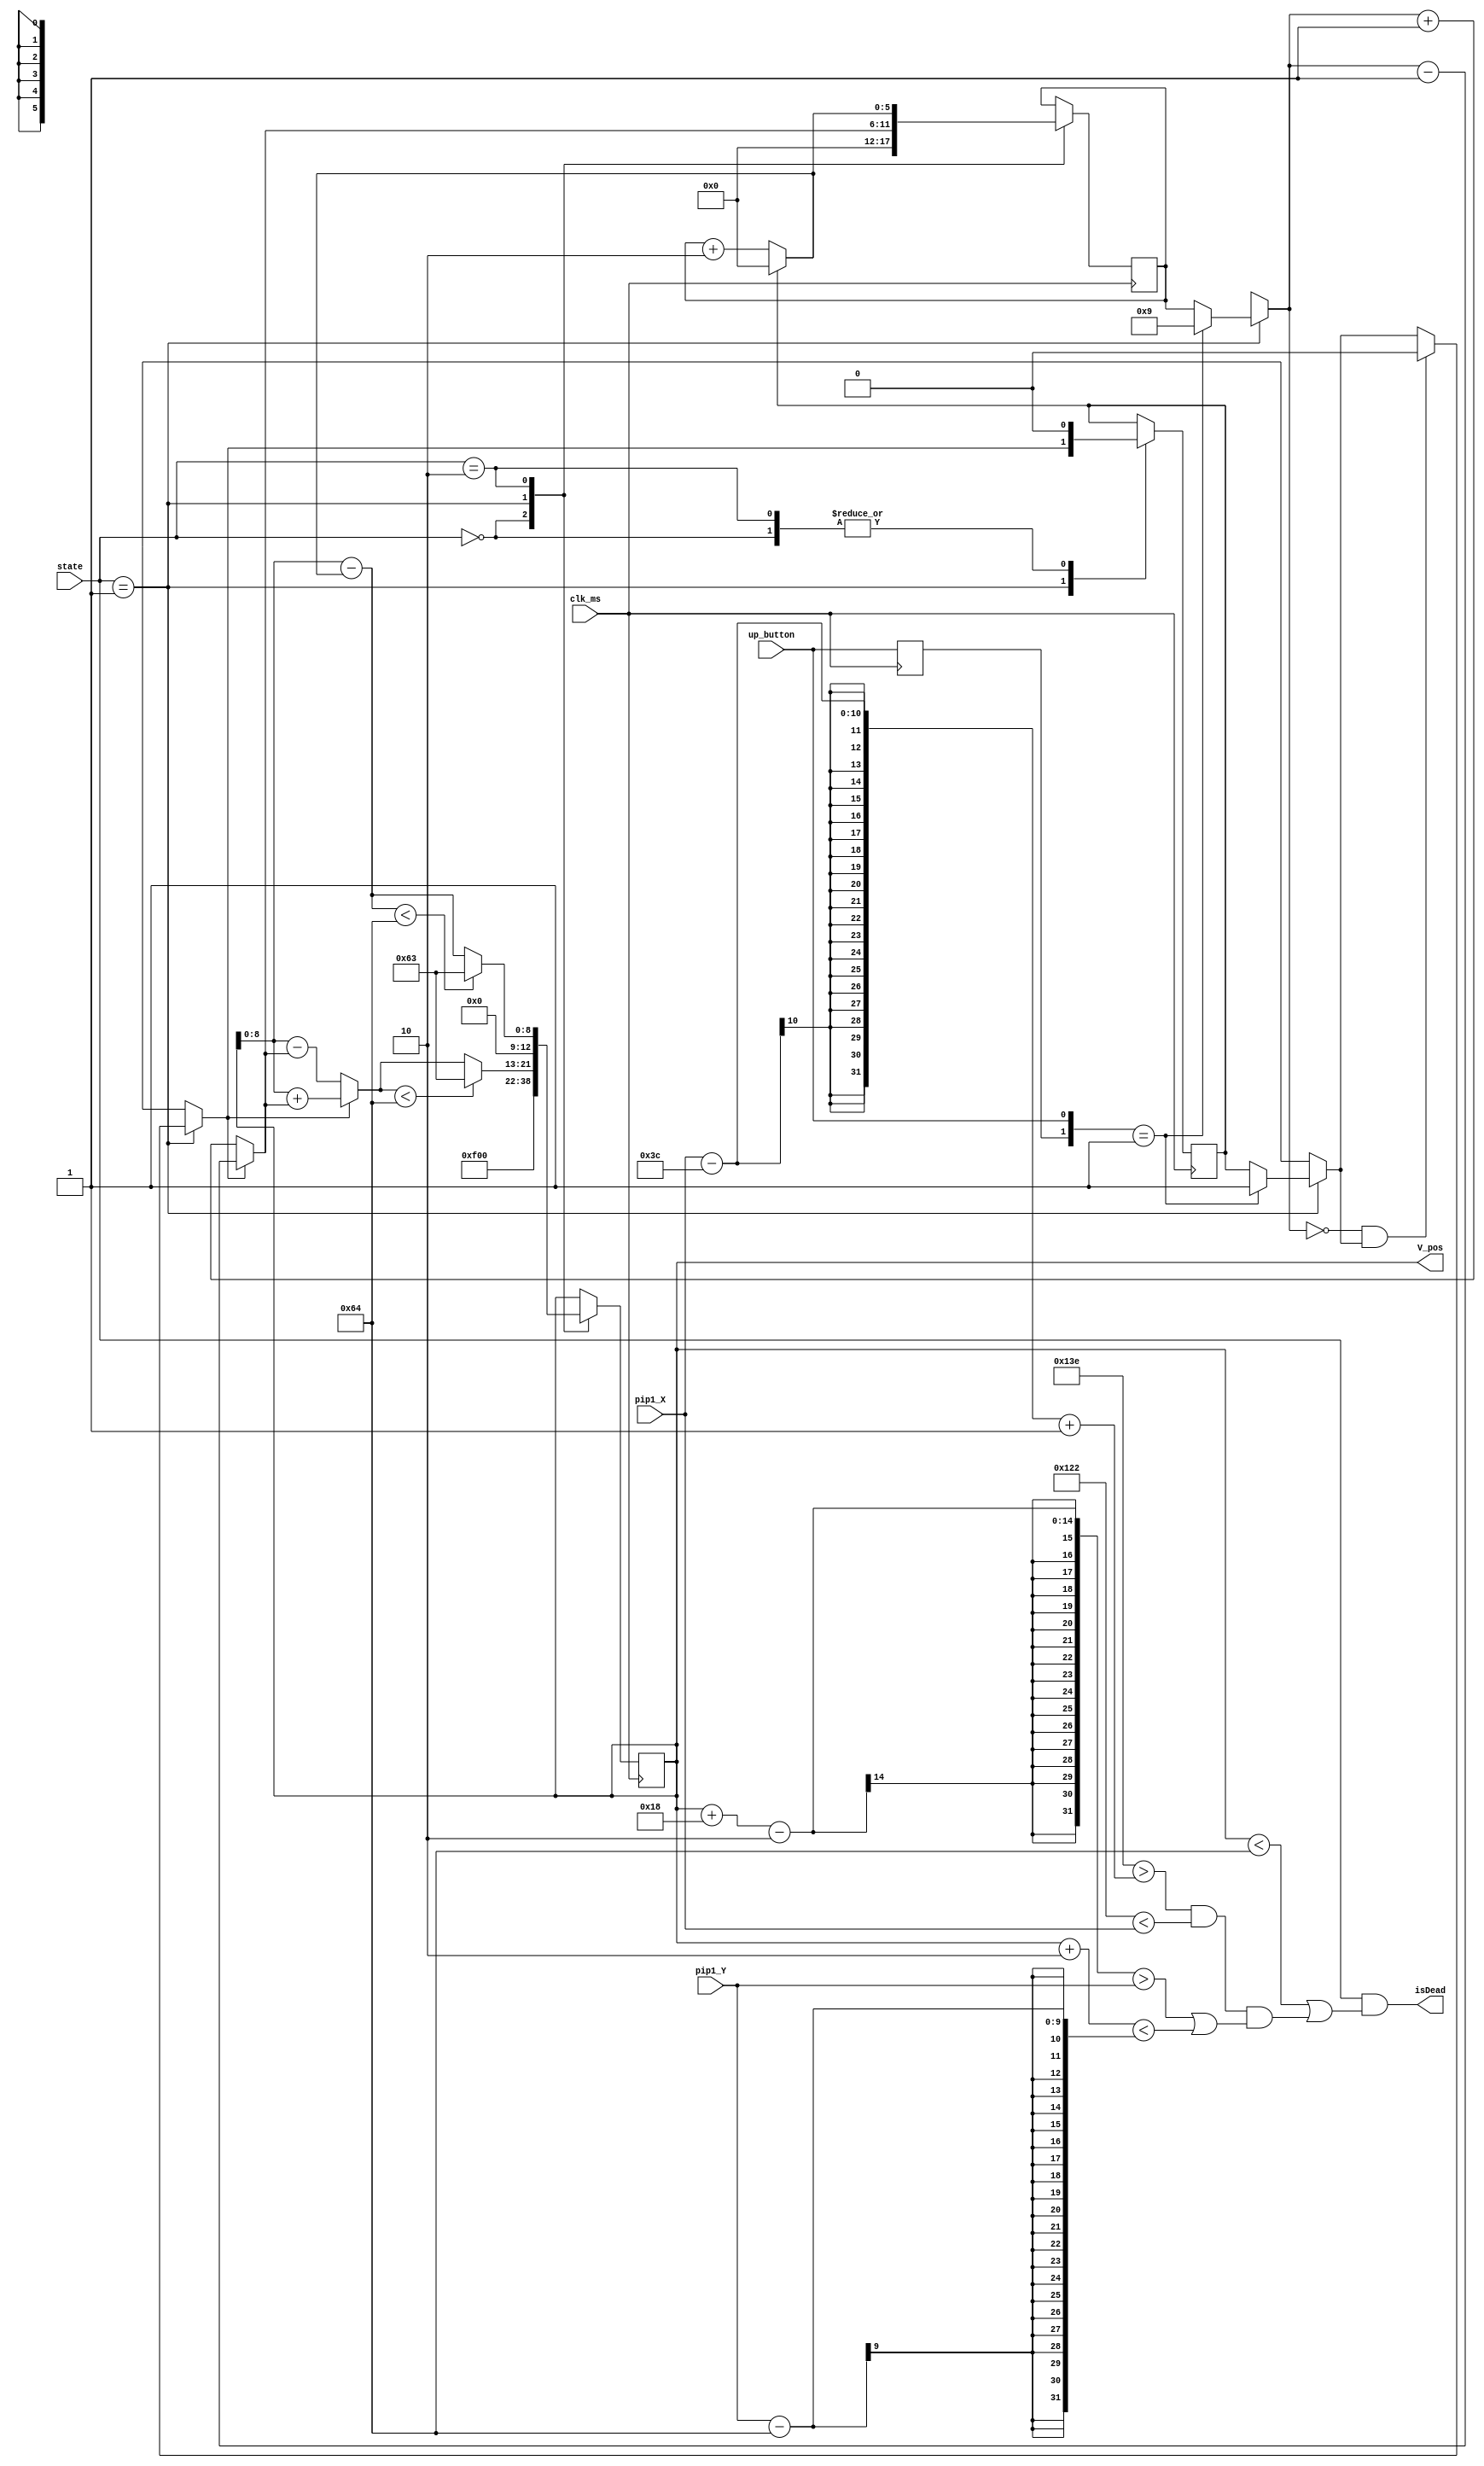
`timescale 1ns / 1ps
//////////////////////////////////////////////////////////////////////////////////
// Company: 
// Engineer: 
// 
// Design Name: 
// Module Name:    Bird_Ctrl 
// Project Name: 
// Target Devices: 
// Tool versions: 
// Description: 
//
// Dependencies: 
//
// Revision: 
// Revision 0.01 - File Created
// Additional Comments: 
//
//////////////////////////////////////////////////////////////////////////////////
module Bird_Ctrl(
    input clk_ms, up_button,
    input [1:0] state,
    input [9:0] pip1_X,
    input [8:0] pip1_Y,
    output isDead,
    output reg [12:0] V_pos
    );

    parameter initialVelocity = 9;  // Velocity after up_button, MIST BE THE MULTIPLE OF `acceleration`
    parameter acceleration    = 1;   // Acceleration of gravity
    parameter H_pos       = 320;
    parameter slot_width  = 60;
    parameter slot_height = 100;
    parameter land_height = 100;
    parameter bird_Xwidth = 34;
    parameter bird_Ywidth = 24;

    reg [12:0] time_from = 0;       // Unit: clk_fly, max 8*1024 clk_fly
    reg [5:0] velocity = 0;         // Unit: pixels/ms, max 64 pixels/clk_fly
    reg velocityDire = 0;           // 1:up 0:down

    reg [3:0] angle;
    reg [1:0] button_state = 2'b00;
    reg [8:0] V_pos_tmp = 0;

    assign isDead = state && (V_pos < land_height || H_pos - 2 > pip1_X - slot_width + 1 && H_pos - bird_Xwidth + 4 < pip1_X && (V_pos + bird_Ywidth - 2 > pip1_Y || V_pos + 2 < pip1_Y - slot_height));

    always @(posedge clk_ms) begin
        // button_state = {button_state[0], up_button};
        button_state[1] = button_state[0];
        button_state[0] = up_button;
        case(state)
            0: begin
                V_pos  = 240;
                velocity = 0;
                velocityDire = 0;
            end
            1: begin
                if(button_state == 2'b01) begin
                    velocity = initialVelocity;
                    velocityDire = 1;
                end
                /*@(posedge up_button) begin
                    velocity = initialVelocity;
                    velocityDire = 1;
                end*/

                if(velocity == 0 && velocityDire == 1)
                    velocityDire = 0;

                velocity = velocityDire ? velocity - acceleration : velocity + acceleration;
                V_pos_tmp = velocityDire ? V_pos + velocity : V_pos - velocity;
                V_pos = V_pos_tmp < land_height ? land_height - 1 : V_pos_tmp;
            end
            2: begin  // Falling down to ground
                velocity = velocityDire ? 0 : velocity + acceleration * 2;
                velocityDire = 0;
                V_pos_tmp = V_pos - velocity;
                V_pos = V_pos_tmp < land_height ? land_height - 1 : V_pos_tmp;
            end
            default: ;
        endcase
    end

endmodule